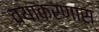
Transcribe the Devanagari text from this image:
व्याकरणास